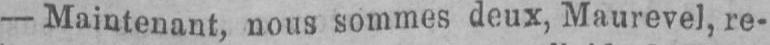
- Maintenant, nous sommes deux, Maurevel, re-